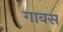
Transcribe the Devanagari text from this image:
गावस